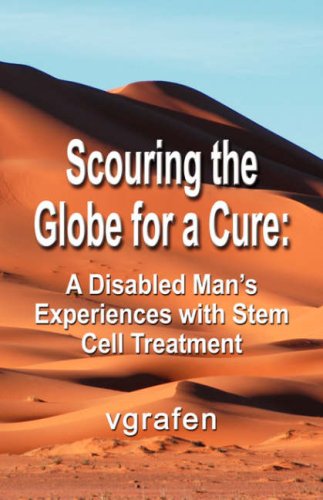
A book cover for Scouring the Globe for a Cure: A Disabled Man's Experiences with Stem Cell Treatment; vgrafen; Travel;